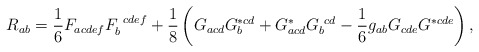
\begin{align*}R_{ab} = \frac{1}{6} F_{acdef} F_b^{~cdef} + \frac{1}{8} \left(G_{acd} G_b^{*cd} + G_{acd}^* G_b^{~cd} -\frac{1}{6} g_{ab} G_{cde}G^{*cde} \right),\end{align*}